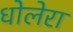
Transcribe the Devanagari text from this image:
धोलेरा